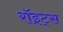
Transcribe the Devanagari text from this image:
रॉइट्स